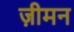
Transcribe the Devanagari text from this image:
ज़ीमन